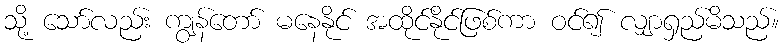
သို့ သော်လည်း ကျွန်တော် မနေနိုင် အထိုင်နိုင်ဖြစ်ကာ ဝင်၍ လျှာရှည်မိသည်။